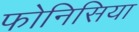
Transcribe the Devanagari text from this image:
फोनिसिया